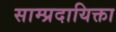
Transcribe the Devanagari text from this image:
साम्प्रदायिक्ता